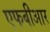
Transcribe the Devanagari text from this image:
एफबीआर